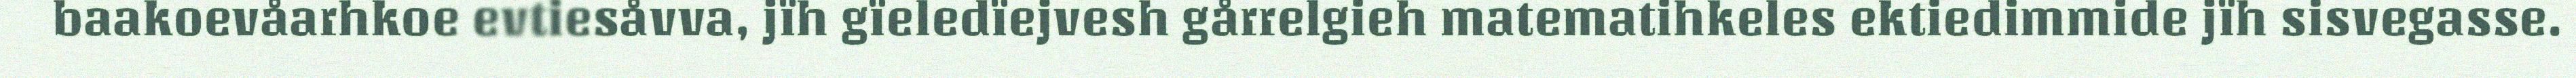
baakoevåarhkoe evtiesåvva, jïh gïeledïejvesh gårrelgieh matematihkeles ektiedimmide jïh sisvegasse.